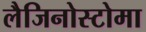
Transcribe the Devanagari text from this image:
लैजिनोस्टोमा